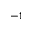
^ { - 1 }